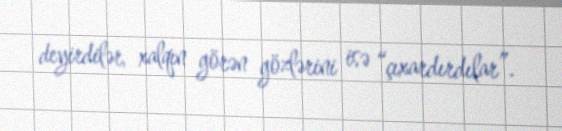
deyirdilər, xalqın görən gözlərini isə “çıxardırdılar”.